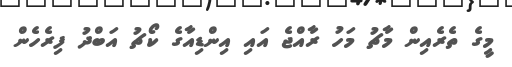
މީގެ ތެރެއިން މާޗު މަހު ރާއްޖެ އައި އިންޑިއާގެ ކޯޗު އަބްދު ފިރެހެން